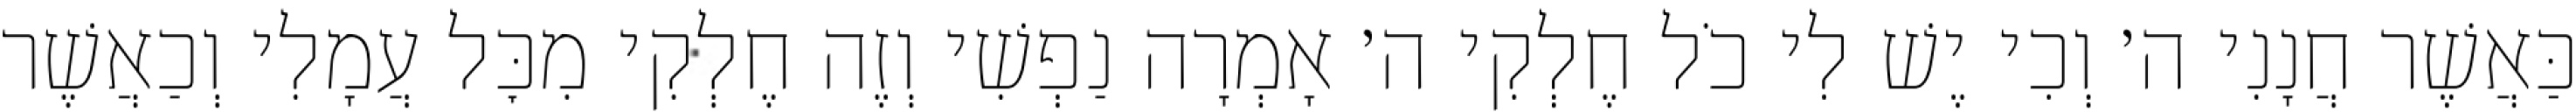
כַּאֲשֶׁר חֲנָנִי ה׳ וְכִי יֶשׁ לִי כֹל חֶלְקִי ה׳ אָמְרָה נַפְשִׁי וְזֶה חֶלְקִי מִכׇּל עֲמָלִי וְכַאֲשֶׁר